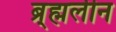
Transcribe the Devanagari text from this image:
ब्र्ह्मलीन